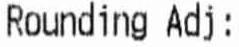
ROUNDING ADJ: